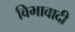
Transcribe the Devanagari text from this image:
विभावादी